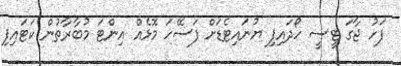
ފަހު ޖާގަ ޓީސީ ހޯދައިފި ޔުނައިޓެޑަށް ފަސޭހަ މޮޅެއް އިންޓަ މުބާރާތުން ކަޓައިފި